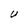
Character: U